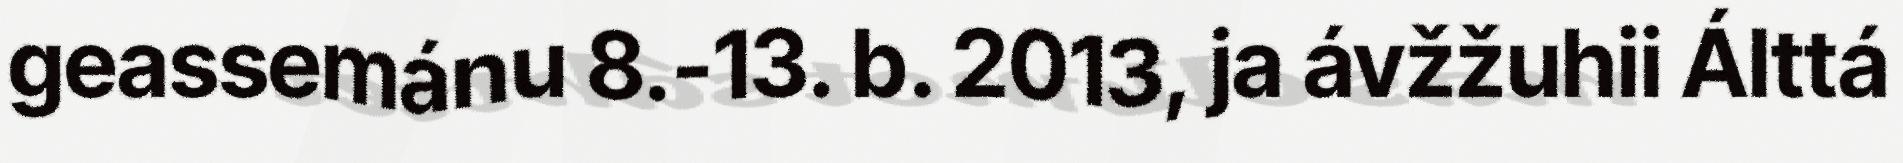
geassemánu 8.-13. b. 2013, ja ávžžuhii Álttá